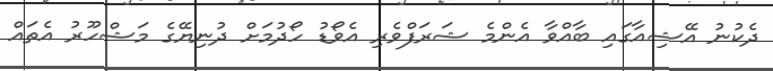
ދެކުނު އޭޝިއާގައި ބާއްވާ އެންމެ ޝަރަފްވެރި އެވޯޑު ހޯދުމަށް ދުނިޔޭގެ މަޝްހޫރު އެތައް